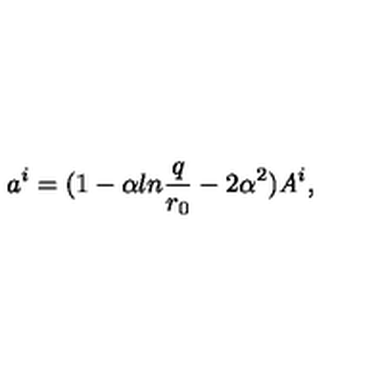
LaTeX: a ^ { i } = ( 1 - \alpha l n { \frac { q } { r _ { 0 } } } - 2 \alpha ^ { 2 } ) { \it A } ^ { i } ,